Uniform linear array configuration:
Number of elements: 8
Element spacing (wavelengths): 1
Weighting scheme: uniform
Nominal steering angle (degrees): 45
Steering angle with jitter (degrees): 43.728
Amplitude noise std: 0.05
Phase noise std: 0.05

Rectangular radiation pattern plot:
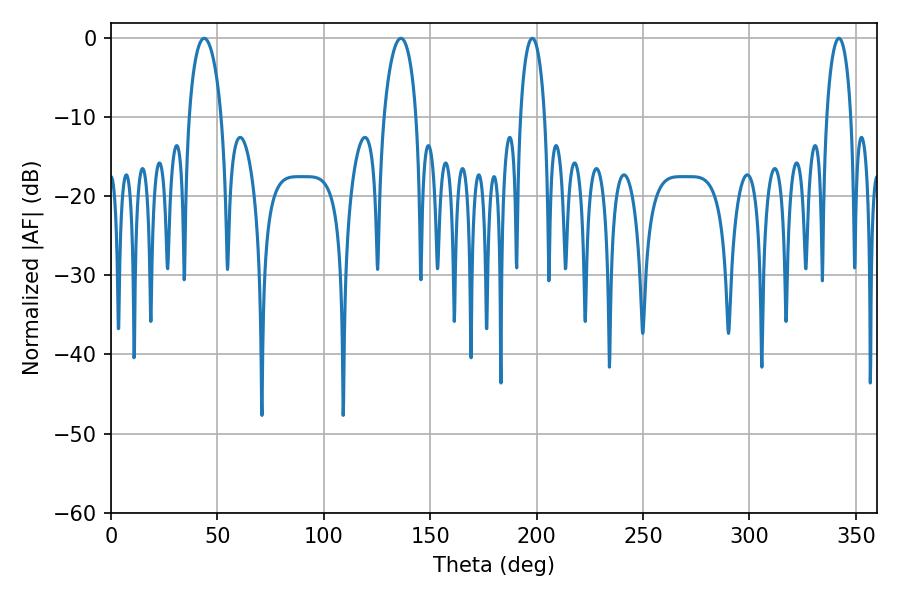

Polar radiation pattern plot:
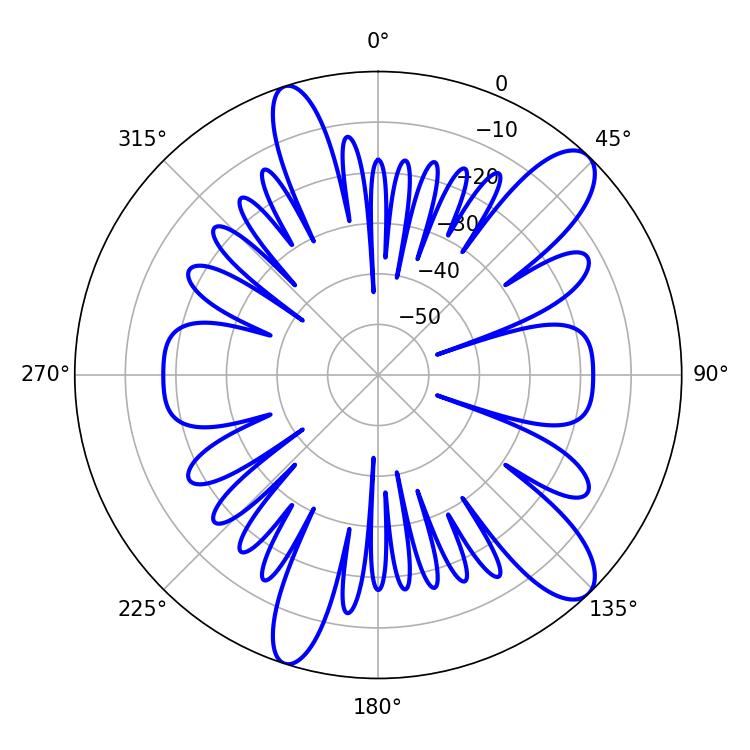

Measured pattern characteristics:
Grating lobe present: TRUE
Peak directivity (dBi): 11.233
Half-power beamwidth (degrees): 8.64
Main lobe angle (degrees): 43.74